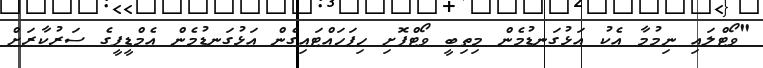
"ވޯޓްލައި ނިމުމާ އެކު އަޅުގަނޑުމެން މިތިބީ ވޯޓްފޮށި ހިފަހައްޓައިގެން އަޅުގަނޑުމެން އެމްޑީޕީގެ ސަރުކާރަށް